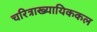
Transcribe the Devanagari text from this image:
चरित्राख्यायिककल